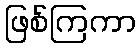
ဖြစ်ကြကာ